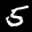
Label: 5